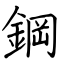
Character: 鋼